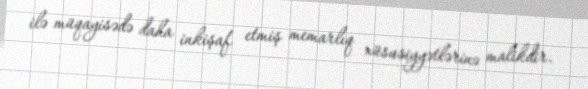
ilə müqayisədə daha inkişaf etmiş memarlıq xüsusiyyətlərinə malikdir.